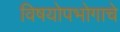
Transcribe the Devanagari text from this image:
विषयोपभोगाचे